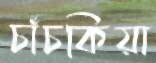
চাঁচকিয়া